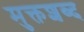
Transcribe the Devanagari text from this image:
मुक्तशब्द